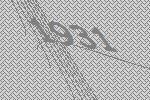
1931